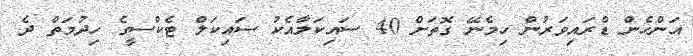
އަންހެން ޑްރައިވަރުން ހިމެނޭ ގޮތަށް 40 ސައިކަލާއެކު ސައިކަލް ޓެކްސީގެ ހިދުމަތް ދެ